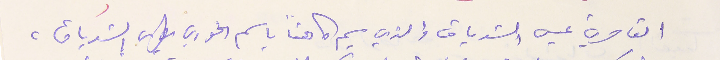
القاصرين عيسى الشدياق والذي سيم كاهناً باسم الخوري بطرس الشدياق،